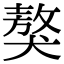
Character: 獒